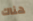
هناك